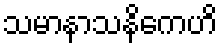
သမာနာသနိကေဟိ